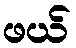
ဖယ်